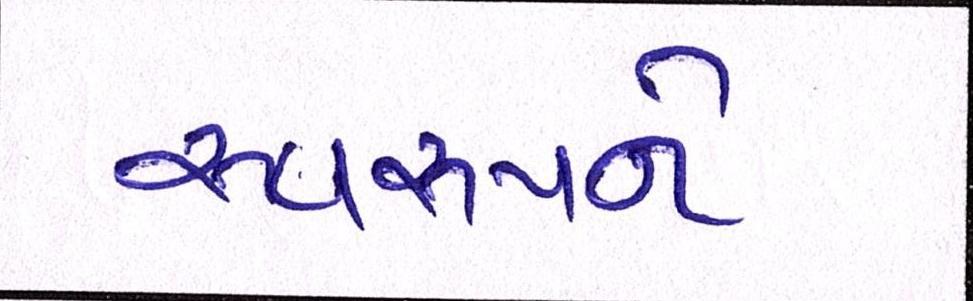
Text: સ્વરૂપને